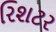
રિશટર